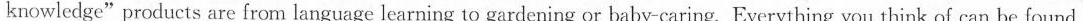
knowledge"products are from language learning to gardening or baby-caring. Everything you think of can be found